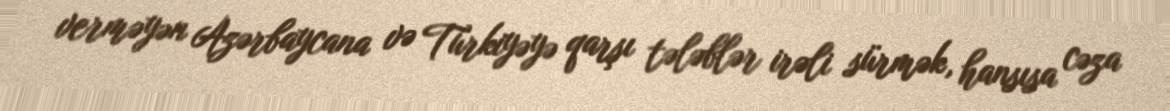
verməyən Azərbaycana və Türkiyəyə qarşı tələblər irəli sürmək, hansısa cəza